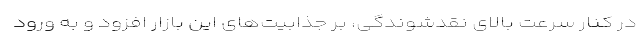
در کنار سرعت بالای نقدشوندگی، بر جذابیت‌های این بازار افزود و به ورود